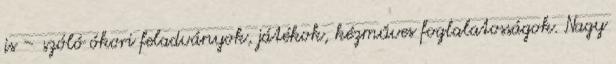
is – szóló ókori feladványok, játékok, kézműves foglalatosságok. Nagy